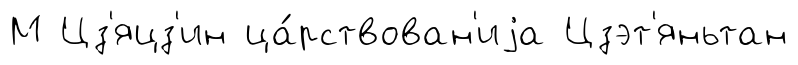
М Цз'яцз'ин ца́рствован'иjа Цзэт'яньтан